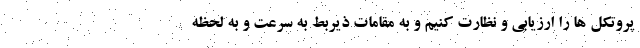
پروتکل ها را ارزیابی و نظارت کنیم و به مقامات ذیربط به سرعت و به لحظه